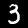
Label: 3